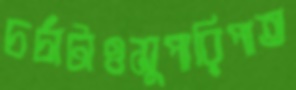
চর্চাটাওসুপারিপাত